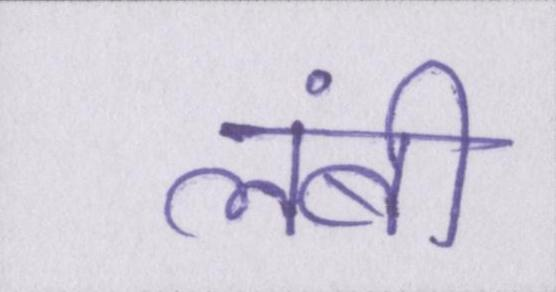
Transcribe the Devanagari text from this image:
लंबी